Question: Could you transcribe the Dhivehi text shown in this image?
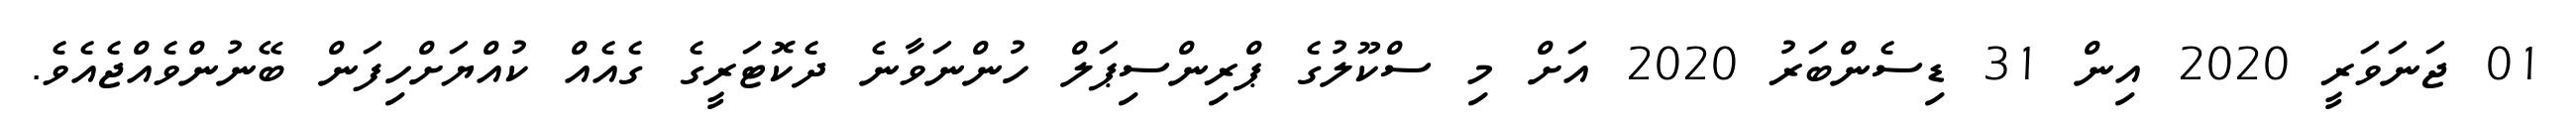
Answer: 01 ޖަނަވަރީ 2020 އިން 31 ޑިސެންބަރު 2020 އަށް މި ސްކޫލުގެ ޕްރިންސިޕަލް ހުންނަވާނެ ދެކޮޓަރީގެ ގެއެއް ކުއްޔަށްހިފަން ބޭނުންވެއްޖެއެވެ.